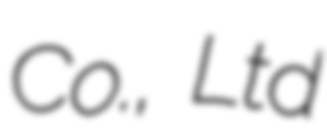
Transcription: Co., Ltd